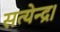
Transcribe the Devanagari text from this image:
सत्येन्द्र।